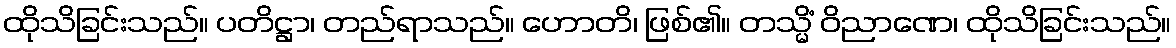
ထိုသိခြင်းသည်။ ပတိဋ္ဌာ၊ တည်ရာသည်။ ဟောတိ၊ ဖြစ်၏။ တသ္မိံ ဝိညာဏေ၊ ထိုသိခြင်းသည်။